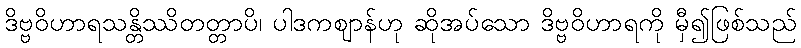
ဒိဗ္ဗဝိဟာရသန္တိဿိတတ္တာပိ၊ ပါဒကဈာန်ဟု ဆိုအပ်သော ဒိဗ္ဗဝိဟာရကို မှီ၍ဖြစ်သည်